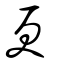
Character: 㪅